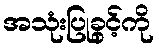
အသုံးပြုခွင့်ကို